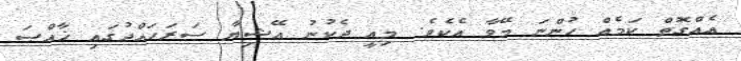
އެއްގޮތް ކަމެއް ހުންނަ މޭވާ އެކެވެ. މިއީ ދެކުނު އޭޝިޔާ ސަރަހައްދުގައި ޚާއްޞަ